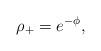
LaTeX: \begin{align*}\rho_{+}=e^{-\phi},\end{align*}